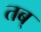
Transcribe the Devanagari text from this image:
तब्